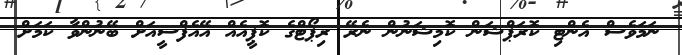
ނަމަވެސް އެންޓި ކޮރަޕްޝަން ކޮމިޝަނުން ނެރޭ ރިޕޯޓްގެ ކޮޕީއެއް އޭއެފްސީއަށް ބޭނުންވާ ކަމަށް